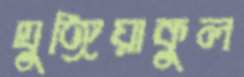
ঘুঙ্গিয়াকুল